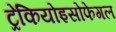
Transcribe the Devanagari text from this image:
ट्रेकियोइसोफेगल